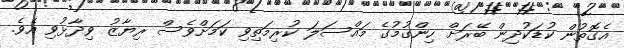
އެގޮތުން ކުޑަކުދިން ބޭރަށް ހިންގުމުގެ މައްސަލަ ކުރިމަތިވި ކަމަށްވެސް ރިޔާޒު ވިދާޅުވި އެވެ.